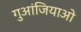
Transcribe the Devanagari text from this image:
गुआंजियाओ